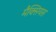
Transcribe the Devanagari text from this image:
मैक्सियस